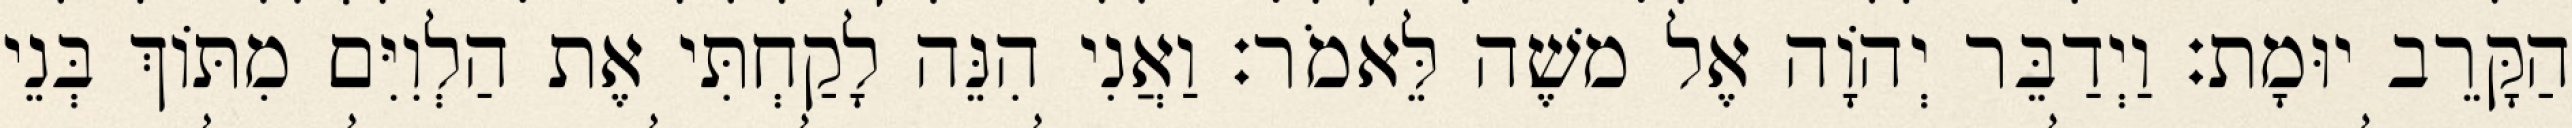
הַקָּרֵב יוּמָת׃ וַיְדַבֵּר יְהוָֹה אֶל משֶׁה לֵּאמֹר׃ וַאֲנִי הִנֵּה לָקַחְתִּי אֶת הַלְוִיִּם מִתּוֹךְ בְּנֵי